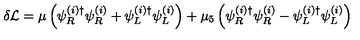
\delta { \cal L } = \mu \left( \psi _ { R } ^ { ( i ) \dagger } \psi _ { R } ^ { ( i ) } + \psi _ { L } ^ { ( i ) \dagger } \psi _ { L } ^ { ( i ) } \right) + \mu _ { 5 } \left( \psi _ { R } ^ { ( i ) \dagger } \psi _ { R } ^ { ( i ) } - \psi _ { L } ^ { ( i ) \dagger } \psi _ { L } ^ { ( i ) } \right)